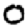
Digit: 0